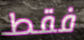
فقط